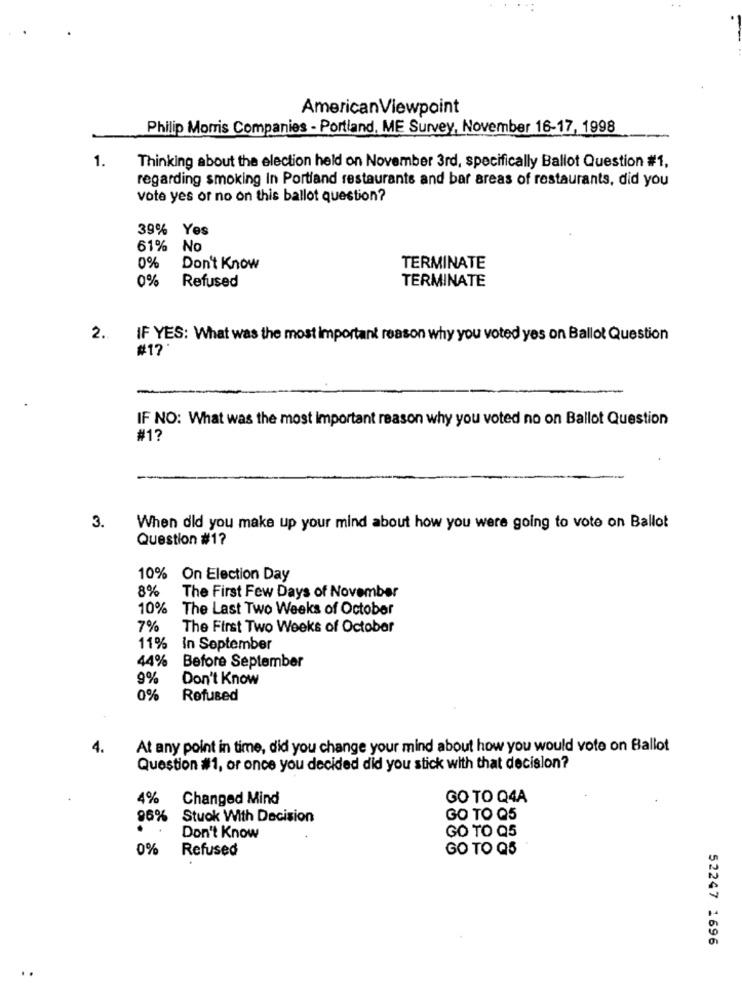
AmericanViewpoint
Philip Morris Companies - Portland, ME Survey, November 16-17, 1998
1.
Thinking about the election held on November 3rd, specifically Ballot Question #1,
regarding smoking In Portland restaurants and bar areas of restaurants, did you
vote yes or no on this ballot question?
39% Yes
61%
No
0%
Don't Know
TERMINATE
0%
Refused
TERMINATE
2.
IF YES: What was the most important reason why you voted yes on Ballot Question
#17
IF NO: What was the most important reason why you voted no on Ballot Question
#1?
3.
When did you make up your mind about how you were going to vote on Ballot
Question #17
10% On Election Day
8%
The First Few Days of November
10%
The Last Two Weeks of October
7%
The First Two Weeks of October
11%
In September
44%
Before September
9%
Don't Know
0%
Refused
4.
At any point in time, did you change your mind about how you would vote on Ballot
Question #1, or once you decided did you stick with that decision?
4%
Changed Mind
GO TO Q4A
96%
Stuok With Decision
GO TO Q5
GO TO Q5
Don't Know
0%
Refused
GO TO QS
52247 1696